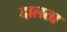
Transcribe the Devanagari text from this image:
दालता